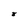
Character: 8